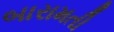
બારામતી